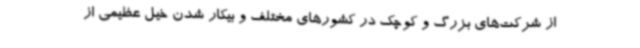
از شرکت‌های بزرگ و کوچک در کشورهای مختلف و بیکار شدن خیل عظیمی از